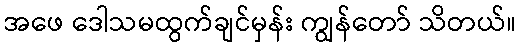
အဖေ ဒေါသမထွက်ချင်မှန်း ကျွန်တော် သိတယ်။